Vaccine operations Central Provinces 1900-1911 - 1900-1911
Year: 1900
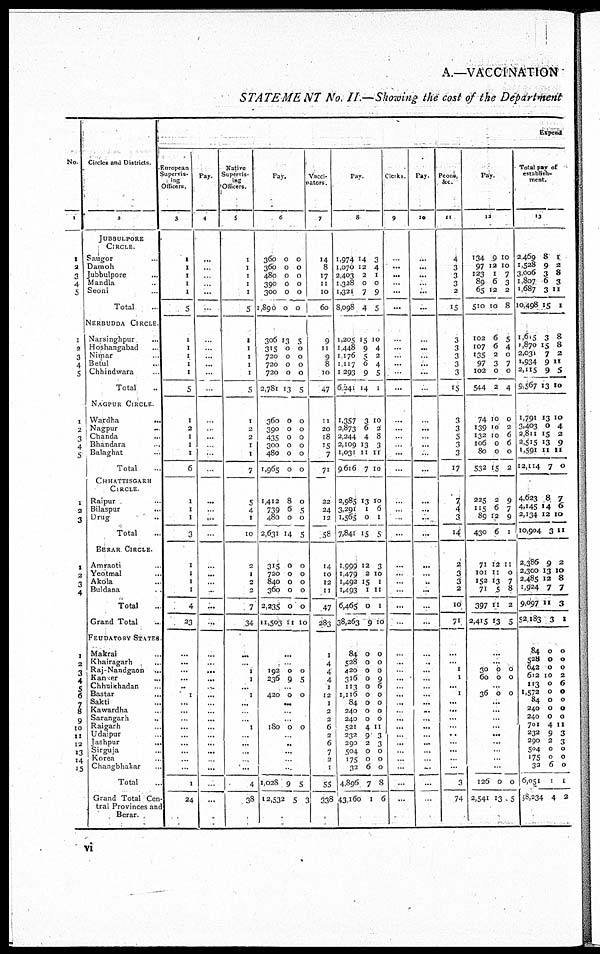
A.—VACCINATION
STATEMENT No. II.—Showing the cost of the Department
No.
1
1
2
3
4
5
1
2
3
4
5
1
2
3
4
5
1
2
3
1
2
3
4
1
2
3
4
5
6
7
8
9
10
11
12
13
14
15
Circles and Districts
2
JUBBULPORE
CIRCLE
Saugor ...
Damoh ...
Jubbulpore ...
Mandla ...
Seoni ...
Total ...
NERBUDDA CIRCLE
Narsinghpur ...
Hoshangabad ...
Nimar ...
Betul ...
Chhindwara ...
Total ...
NAGPUR CIRCLE
Wardha
...
Nagpur ...
Chanda ...
Bhandara ...
Balaghat ...
Total ...
CHHATTISGARH
CIRCLE
Raipur ...
Bilaspur ...
Drug ...
Total ...
BERAR CIRCLE.
Amraoti ...
Yeotmal ...
Akola ...
Buldana ...
Total ...
Grand Total ...
FEUDATORY STATES
Makrai ...
Khairagarh ...
Raj-Nandgaon ...
Kanaker ...
Chhuikhadan ...
Bastar ...
Sakti ...
Kawardha ...
Sarangarh ...
Raigarh ...
Udaipur ...
Jashpur ...
Sirguja ...
Korea ...
Changbhakar ...
Total ...
Grand Total Cen-
tral Provinces and
Berar.
Expend
European
Supervis-
ing
Officers.
3
1
1
1
1
1
5
1
1
1
1
1
5
1
2
1
1
1
6
1
1
1
3
1
1
1
1
4
23
...
...
...
...
...
1
...
...
...
...
...
...
...
...
...
1
24
Pay.
4
...
...
...
...
...
...
...
...
...
...
...
...
...
...
...
...
...
...
...
...
...
...
...
...
...
...
...
...
...
...
...
...
...
...
...
...
...
...
...
...
...
...
...
...
...
Native
Supervis-
ing
Officers.
5
1
1
1
1
1
5
1
1
1
1
1
5
1
2
2
1
1
7
5
4
1
10
2
1
2
2
7
34
...
...
1
1
...
1
...
...
...
1
...
...
...
...
...
4
38
Pay.
6
360
360
480
390
300
1,890
306
315
720
720
720
2,781
360
390
435
300
480
1,965
1,412
739
480
2,631
315
720
840
360
2,235
11,503
0
0
0
0
0
0
13
0
0
0
0
13
0
0
0
0
0
0
8
6
0
14
0
0
0
0
0
11
0
0
0
0
0
0
5
0
0
0
0
5
0
0
0
0
0
0
0
5
0
5
0
0
0
0
0
10
...
...
192
236
0
9
0
5
...
420
0
0
...
...
...
180
0
0
...
...
...
...
...
1,028
12,532
9
5
5
3
Vacci-
nators.
7
14
8
17
11
10
60
9
11
9
8
10
47
11
20
18
15
7
71
22
24
12
58
14
10
12
11
47
283
1
4
4
4
1
12
1
2
2
6
2
6
7
2
1
55
338
Pay
8
1,974
1,070
2,403
1,328
1,321
8,098
1,205
1,448
1,176
1,117
1,293
6,241
1,357
2,873
2,244
2,109
1,031
9,616
2,985
3,291
1,565
7,841
1,999
1,479
1,492
1,493
6,465
38,263
84
528
420
316
113
1,116
84
240
240
521
232
290
504
175
32
4,896
43,160
14
12
2
0
7
4
15
9
5
6
9
14
3
6
4
13
11
7
13
1
0
15
12
2
15
1
0
9
0
0
0
0
0
0
0
0
0
4
9
2
0
0
6
7
1
3
4
1
0
9
5
10
4
2
4
5
1
10
2
8
3
11
10
10
6
1
5
3
10
1
11
1
10
0
0
0
9
6
0
0
0
0
11
3
3
0
0
0
8
6
Clerks
9
...
...
...
...
...
...
...
...
...
...
...
...
...
...
...
...
...
...
...
...
...
...
...
...
...
...
...
...
...
...
...
...
...
...
...
...
...
...
...
...
...
...
...
...
...
Pay.
10
...
...
...
...
...
...
...
...
...
...
...
...
...
...
...
...
...
...
...
...
...
...
...
...
...
...
...
...
...
...
...
...
...
...
...
...
...
...
...
...
...
...
...
...
...
Peons.
&c.
11
4
3
3
3
2
15
3
3
3
3
3
15
3
3
5
3
3
17
7
4
3
14
2
3
3
2
10
71
...
...
1
1
...
1
...
...
...
...
...
...
...
...
...
3
74
Pay.
12
134
97
123
89
65
510
102
107
135
97
102
544
74
139
132
106
80
532
225
115
89
430
71
101
152
71
397
2,415
9
12
1
6
12
10
6
6
2
3
0
2
10
10
10
0
0
15
2
6
12
6
12
11
13
5
11
13
10
10
7
3
2
8
5
4
0
7
0
4
0
2
6
6
0
2
9
7
9
1
11
0
7
8
2
5
...
...
30
60
0
0
0
0
...
36 0 0
...
...
...
...
...
...
...
...
...
126
2,541
0
13
0
5
Total pay of
establish-
ment.
13
2,469
1,528
3,006
1,807
1,687
10,498
1,615
1,870
2,031
1,934
2,115
9,567
1,791
3,403
2,811
2,515
1,591
12,114
4,623
4,145
2,134
10,904
2,386
2,300
2,485
1,924
9,097
52,183
84
528
642
612
113
1,572
84
240
240
701
232
290
504
175
32
6,051
58,234
8
9
3
6
3
15
3
15
7
9
9
13
13
0
15
13
11
7
8
14
12
3
9
13
12
7
11
3
0
0
0
10
0
0
0
0
0
4
9
2
0
0
6
1
4
1
2
8
3
11
1
8
8
2
11
5
10
10
4
2
9
11
0
7
6
10
11
2
10
8
7
3
1
0
0
0
2
6
0
0
0
0
11
3
3
0
0
0
1
2
vi